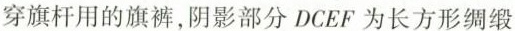
穿旗杆用的旗裤，阴影部分DCEF为长方形绸缎